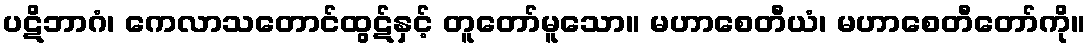
ပဋိဘာဂံ၊ ကေလာသတောင်ထွဋ်နှင့် တူတော်မူသော။ မဟာစေတီယံ၊ မဟာစေတီတော်ကို။